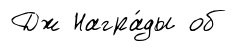
Дж Награ́ды об